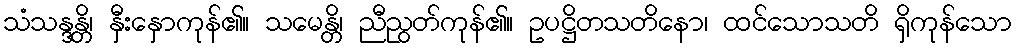
သံသန္ဒန္တိ၊ နှီးနှောကုန်၏။ သမေန္တိ၊ ညီညွတ်ကုန်၏။ ဥပဋ္ဌိတသတိနော၊ ထင်သောသတိ ရှိကုန်သော